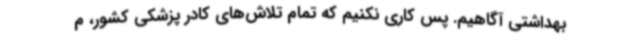
بهداشتی آگاهیم. پس کاری نکنیم که تمام تلاش‌های کادر پزشکی کشور، م